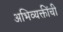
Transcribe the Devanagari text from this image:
अभिव्यक्तींची